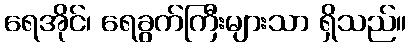
ရေအိုင်၊ ရေခွက်ကြီးများသာ ရှိသည်။